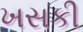
ખસકી